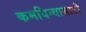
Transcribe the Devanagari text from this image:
कमविन्यासाठी